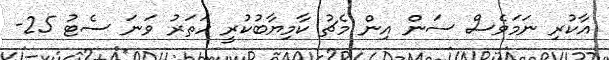
އާކުރި ނަމަވެސް ސަން އިން މެޗު ކާމިޔާބުކުރީ ހަތަރު ވަނަ ސެޓު 25-